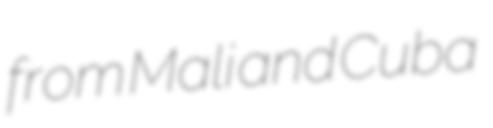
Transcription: from Mali and Cuba